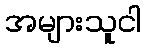
အများသူငါ